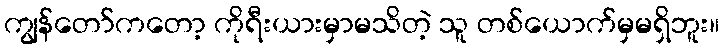
ကျွန်တော်ကတော့ ကိုရီးယားမှာမသိတဲ့ သူ တစ်ယောက်မှမရှိဘူး။